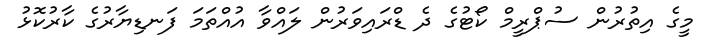
މީގެ އިތުރުން ސުޕްރީމް ކޯޓުގެ ދެ ޑްރައިވަރުން ލައްވާ އުއްތަމަ ފަނޑިޔާރުގެ ކާރުކޮޅު